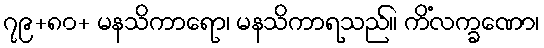
၇၉+၈၀+ မနသိကာရော၊ မနသိကာရသည်။ ကိံလက္ခဏော၊